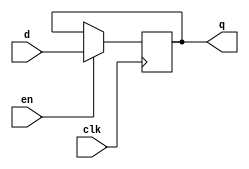
module dff_e_cell #(parameter DW=1)
( clk, en, d, q );
input  clk, en;
input [DW-1:0] d;
output [DW-1:0] q;

reg [DW-1:0] q;
always @(posedge clk )
  begin
    if (en)
      q <= d;
  end
endmodule